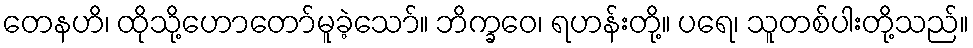
တေနဟိ၊ ထိုသို့ဟောတော်မူခဲ့သော်။ ဘိက္ခဝေ၊ ရဟန်းတို့။ ပရေ၊ သူတစ်ပါးတို့သည်။